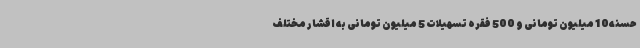
حسنه10 میلیون تومانی و 500 فقره تسهیلات 5 میلیون تومانی به اقشار مختلف